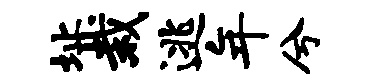
址栽逃年兮